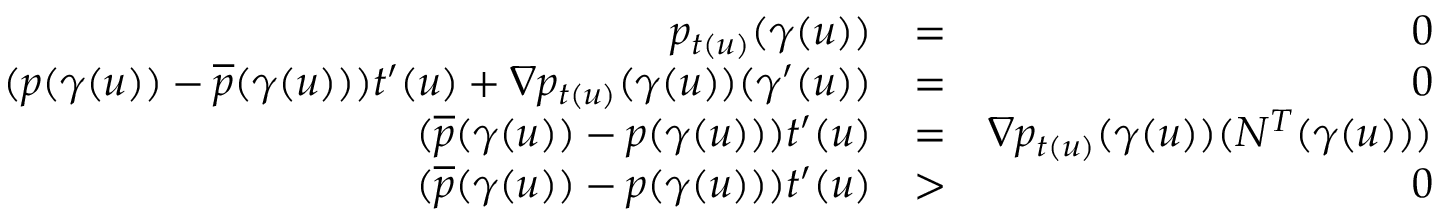
\begin{array} { r l r } { p _ { t ( u ) } ( \gamma ( u ) ) } & { = } & { 0 } \\ { ( p ( \gamma ( u ) ) - \overline { { p } } ( \gamma ( u ) ) ) t ^ { \prime } ( u ) + \nabla p _ { t ( u ) } ( \gamma ( u ) ) ( \gamma ^ { \prime } ( u ) ) } & { = } & { 0 } \\ { ( \overline { { p } } ( \gamma ( u ) ) - p ( \gamma ( u ) ) ) t ^ { \prime } ( u ) } & { = } & { \nabla p _ { t ( u ) } ( \gamma ( u ) ) ( N ^ { T } ( \gamma ( u ) ) ) } \\ { ( \overline { { p } } ( \gamma ( u ) ) - p ( \gamma ( u ) ) ) t ^ { \prime } ( u ) } & { > } & { 0 } \end{array}